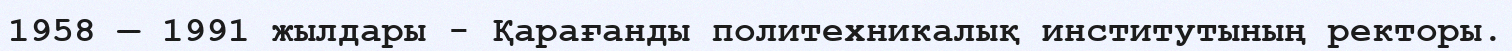
1958 — 1991 жылдары - Қарағанды политехникалық институтының ректоры.